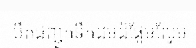
បឺតជញ្ជួកទឹកដមដ៏ផ្អែមល្ហែម